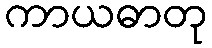
ကာယဓာတု